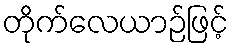
တိုက်လေယာဉ်ဖြင့်